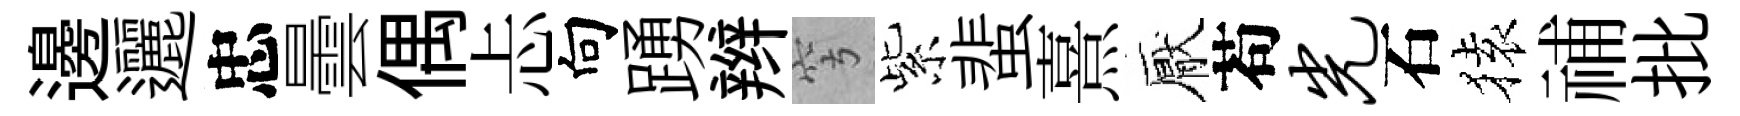
邊邐忠曇偶忐向踴辫穹紫蜚熹厭苟光石𫞤𥙷批